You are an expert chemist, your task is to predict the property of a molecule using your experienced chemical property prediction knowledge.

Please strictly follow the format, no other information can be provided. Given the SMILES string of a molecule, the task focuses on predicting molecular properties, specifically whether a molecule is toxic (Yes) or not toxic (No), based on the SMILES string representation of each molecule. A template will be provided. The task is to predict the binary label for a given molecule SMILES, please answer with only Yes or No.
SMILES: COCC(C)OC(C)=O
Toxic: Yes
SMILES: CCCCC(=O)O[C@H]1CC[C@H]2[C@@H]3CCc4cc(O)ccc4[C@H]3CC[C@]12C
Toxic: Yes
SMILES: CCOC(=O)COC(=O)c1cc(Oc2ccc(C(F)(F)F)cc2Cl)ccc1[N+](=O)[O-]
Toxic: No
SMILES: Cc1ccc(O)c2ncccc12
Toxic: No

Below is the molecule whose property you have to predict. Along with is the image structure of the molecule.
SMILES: O=C(O)c1ccc2c(c1)C(=O)OC2=O
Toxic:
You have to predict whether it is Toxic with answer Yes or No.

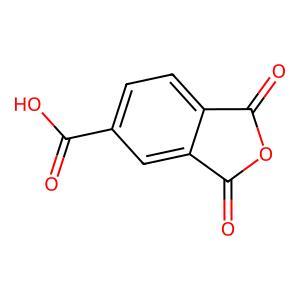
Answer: No